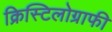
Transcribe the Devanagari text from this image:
क्रिस्टिलोग्राफी